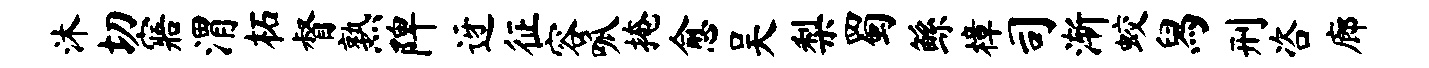
沐切寤渭柘督熟陴迓征容呱掩愈吴梨蜀鲧樟司渐蛟舄刑咨廊